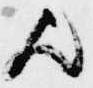
歟